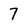
Character: 7